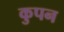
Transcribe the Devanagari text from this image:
कुपन